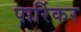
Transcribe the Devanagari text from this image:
पार्रिकर